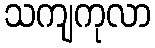
သကျကုလာ